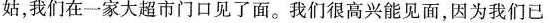
姑，我们在一家大超市门口见了面。我们很高兴能见面，因为我们已